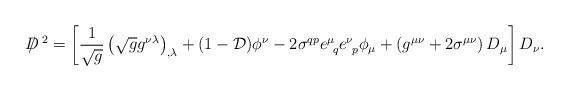
LaTeX: \begin{align*}D \! \! \! \! / ^{~2} =\left[ {1 \over {\sqrt g} } \left( {\sqrt g} g^{\nu \lambda} \right)_{, \lambda} + (1-{\cal D}) \phi^\nu - 2 \sigma^{q p} e^\mu_{~q} e^\nu_{~p} \phi_\mu + \left( g^{\mu \nu} + 2 \sigma^{\mu \nu} \right) D_\mu\right] D_\nu .\end{align*}